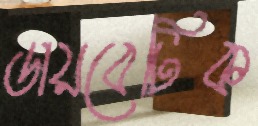
ডায়বেটিক